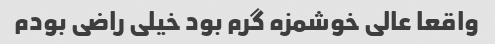
واقعا عالی خوشمزه گرم بود خیلی راضی بودم